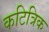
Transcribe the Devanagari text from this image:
कटित्रिक